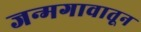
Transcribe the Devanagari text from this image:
जन्मगावातून